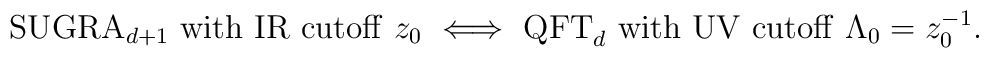
{\rm SUGRA}_{d+1}~{\rm with~IR~cutoff}~z_0~\Longleftrightarrow~ {\rm QFT}_d~{\rm with~UV~cutoff}~\Lambda_0=z_0^{-1}.